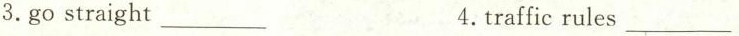
3.go straight ___ 4.traffic rules ___